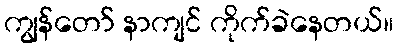
ကျွန်တော် နာကျင် ကိုက်ခဲနေတယ်။